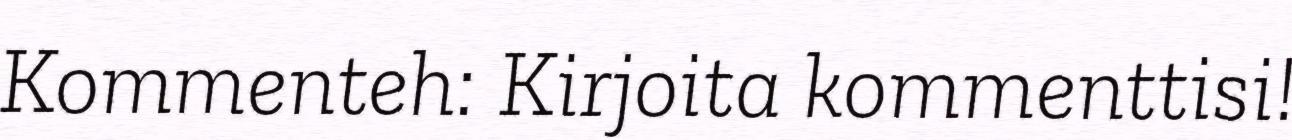
Kommenteh: Kirjoita kommenttisi!